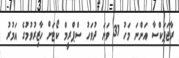
ރާޖަޕަކްސާ އަންނަ މަހު 31 ވަަނަ ދުވަހު ސްޕްރީމް ކޯޓަށް ހާޒިރުވުމުގެ އަމުރު